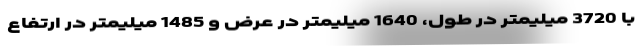
با 3720 میلیمتر در طول، 1640 میلیمتر در عرض و 1485 میلیمتر در ارتفاع